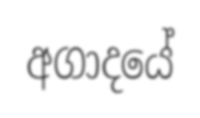
අගාදයේ